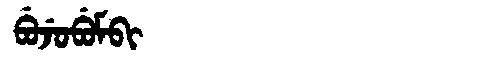
Manchu: ᠪᡠᠵᡠᠪᡠᠮᠪᡳ
Romanization: BUJUBUMBI